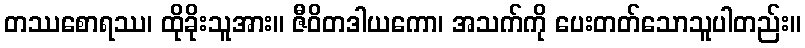
တဿစောရဿ၊ ထိုခိုးသူအား။ ဇီဝိတဒါယကော၊ အသက်ကို ပေးတတ်သောသူပါတည်း။